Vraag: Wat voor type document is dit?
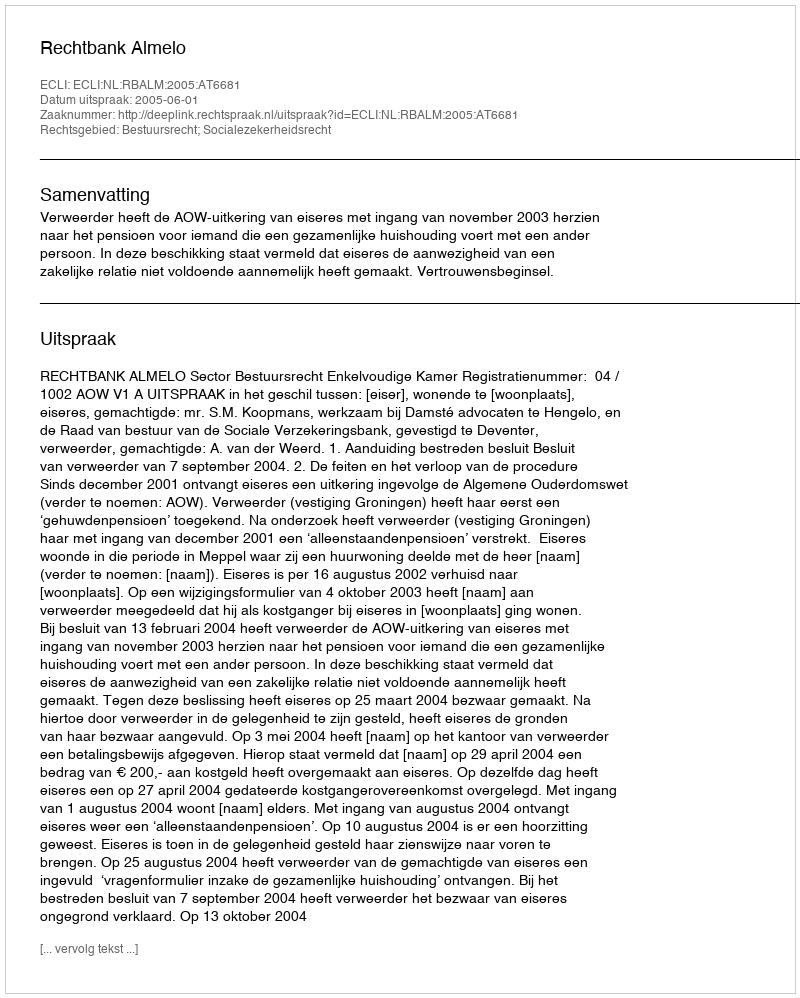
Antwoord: Uitspraak